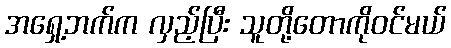
အရှေ့ဘက်က လှည့်ပြီး သူတို့တောကိုဝင်မယ်